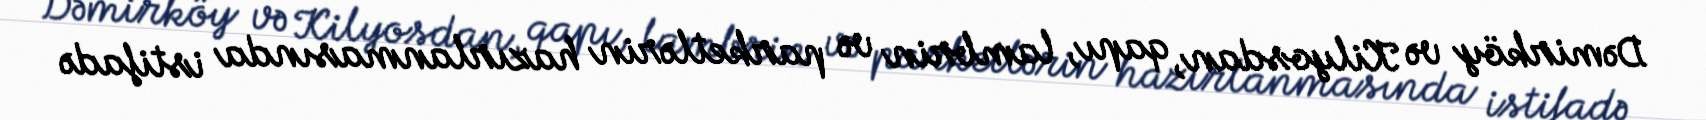
Dəmirköy və Kilyosdan, qapı, lambrin və parketlərin hazırlanmasında istifadə